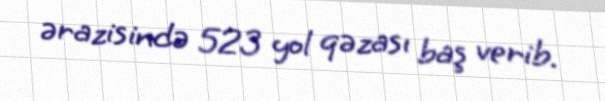
ərazisində 523 yol qəzası baş verib.